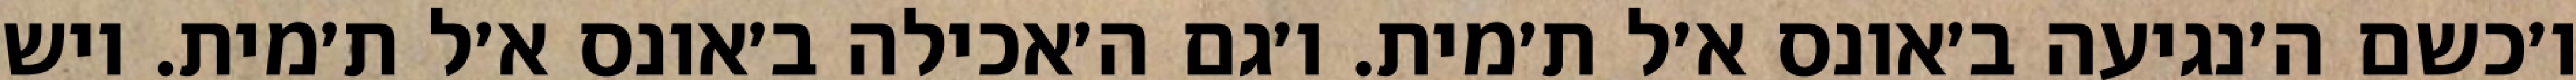
ו׳כשם ה׳נגיעה ב׳אונס א׳ל ת׳מית. ו׳גם ה׳אכילה ב׳אונס א׳ל ת׳מית. ויש